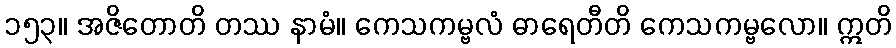
၁၅၃။ အဇိတောတိ တဿ နာမံ။ ကေသကမ္ဗလံ ဓာရေတီတိ ကေသကမ္ဗလော။ ဣတိ